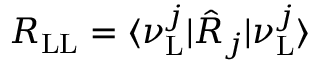
R _ { \mathrm { L L } } = \langle \nu _ { \mathrm { L } } ^ { j } | \hat { R } _ { j } | \nu _ { \mathrm { L } } ^ { j } \rangle